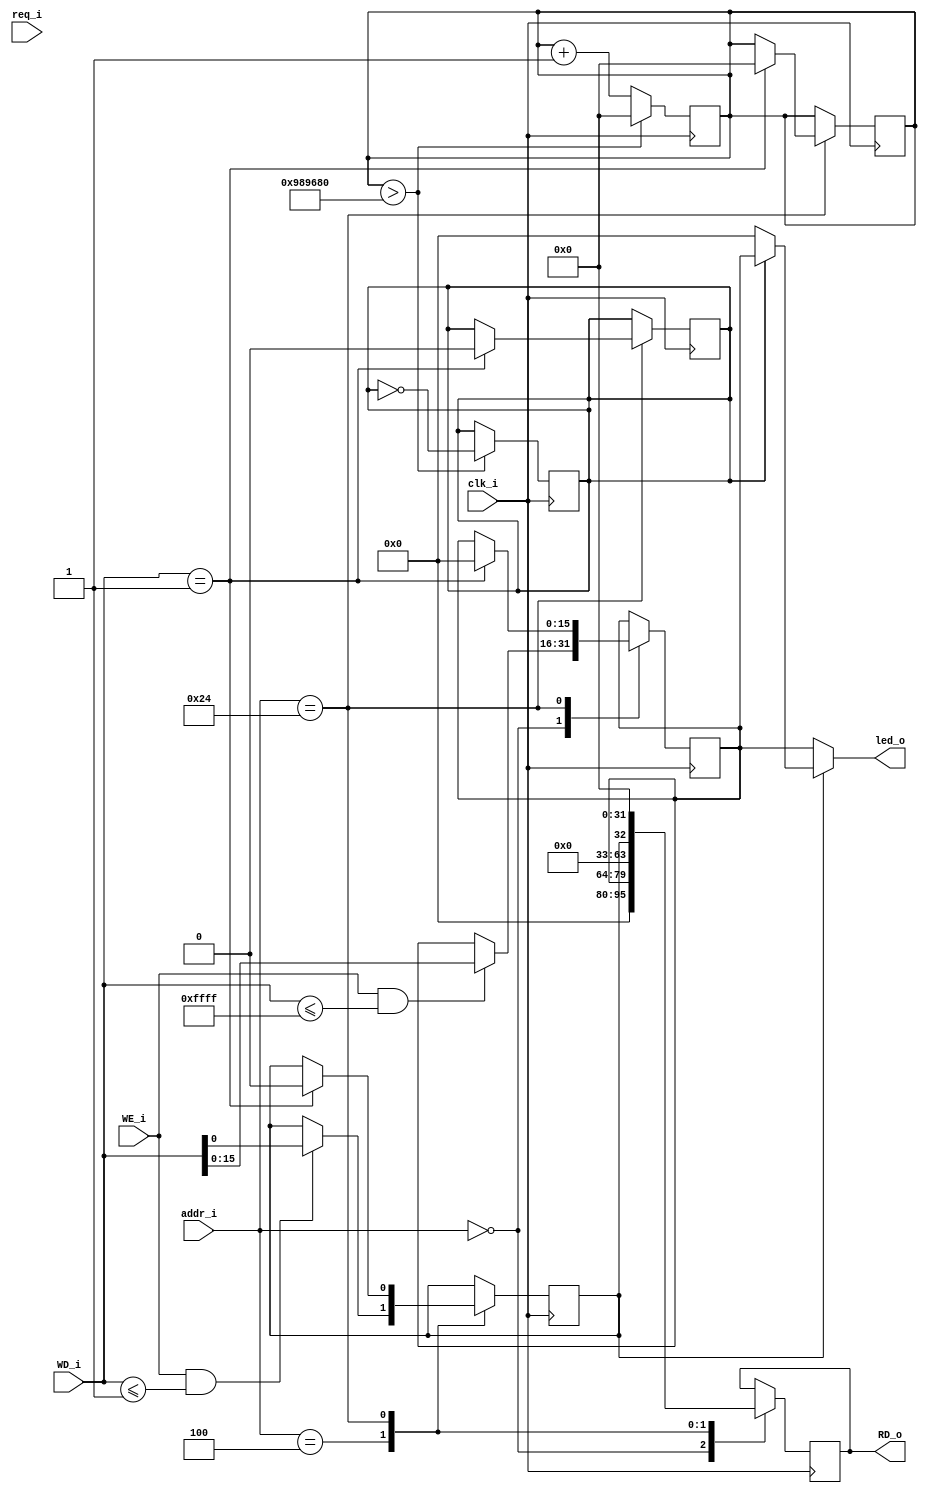
module led_sb_ctrl(
/*
      ,      
*/
  input         clk_i,
  input [31:0]  addr_i,
  input         req_i,
  input [31:0]  WD_i,
  input         WE_i,
  output reg [31:0] RD_o,

/*
      ,     
*/
  output [15:0]  led_o
);

    reg [15:0]  led_val;
    reg         led_mode;
      
    reg [31:0] counter;
    reg enable;
    
    always @(posedge clk_i) begin
        if(counter > 10_000_000) begin
            enable <= ~enable;
            counter <= 0;
        end else begin
            counter <= counter + 1;
        end
    end
    
    assign led_o = led_mode ? (enable ? led_val : 0) : led_val;
    
    
    
    always @(posedge clk_i) begin
        case(addr_i) 
            32'h0: begin
                RD_o <= led_val;
                
                if(WE_i & (WD_i <= 65535)) begin
                    led_val <= WD_i[15:0];
                end
            end
            32'h4: begin
                RD_o <= led_mode;
                
                if(WE_i & (WD_i <= 1'b1)) begin
                    led_mode <= WD_i[0];
                end
            end
            32'h24: begin
                RD_o <= 0;
                
                if(WD_i == 1) begin 
                    led_val <= 0;
                    led_mode <= 0;
                    enable <= 0;
                    counter <= 0;
                end
            end
            default: begin
                end
        endcase
    end
        
endmodule